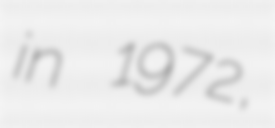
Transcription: in 1972,